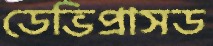
ডেভিপ্রাসড